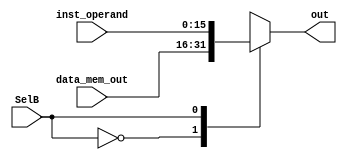
`timescale 1ns / 1ps
//////////////////////////////////////////////////////////////////////////////////
//	Alumnos:
//					 Ortmann, Nestor Javier
// 				 Trejo, Bruno Guillermo
// Year: 		 2018
// Module Name: MULTIPLEXOR B
//////////////////////////////////////////////////////////////////////////////////
module MUX_B #(
        parameter len_data = 16
    )
    (
        input SelB,                             // viene de Control (instruction decoder)
        input [len_data - 1 : 0] inst_operand,  // viene de signal extension
        input [len_data - 1 : 0] data_mem_out,  // salida de DATA_MEM

        output reg [len_data - 1 : 0] out           // salida para ACC
    );

    always @(*)
    begin
        case (SelB)
          0:
            begin
                out <= data_mem_out;    
            end
          1:
            begin
                out <= inst_operand;    
            end
        endcase
    end
endmodule